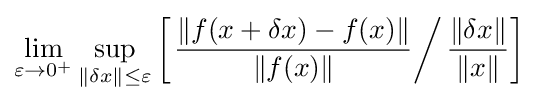
\lim _{\varepsilon \to 0^{+}}\sup _{\|\delta x\|\leq \varepsilon }\left[\left.{\frac {\left\|f(x+\delta x)-f(x)\right\|}{\|f(x)\|}}\right/{\frac {\|\delta x\|}{\|x\|}}\right]